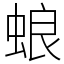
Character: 蜋